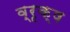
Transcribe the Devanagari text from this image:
व्रृक्ष